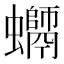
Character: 𧔽